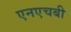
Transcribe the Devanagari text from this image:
एनएचबी